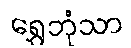
ရွှေဘုံသာ